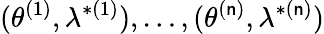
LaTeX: (\theta^{(1)},\lambda^{*(1)}),\dots,(\theta^{(\mathsf{n})},\lambda^{*(\mathsf{n})})